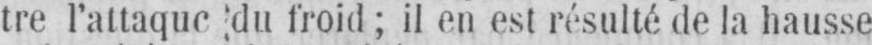
tre l’attaquc du froid; il en est résulté de la hausse